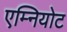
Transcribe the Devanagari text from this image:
एम्नियोट